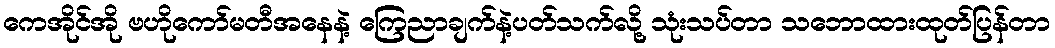
ကေအိုင်အို ဗဟိုကော်မတီအနေနဲ့ ကြေညာချက်နဲ့ပတ်သက်လို့ သုံးသပ်တာ သဘောထားထုတ်ပြန်တာ